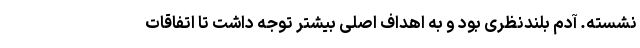
نشسته. آدم بلندنظری بود و به اهداف اصلی بیشتر توجه داشت تا اتفاقات